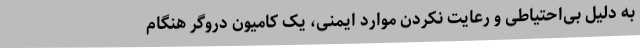
به دلیل بی‌احتیاطی و رعایت نکردن موارد ایمنی، یک کامیون دروگر هنگام